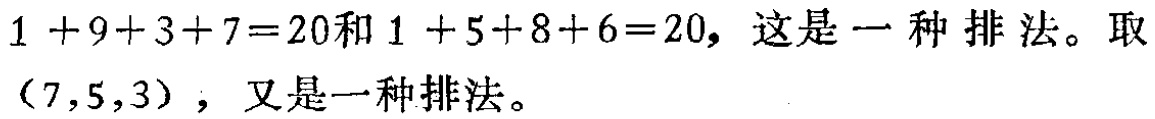
$1 + 9+3+7=20和1 + 5+8+6=20，这是一种排法。取（7,5,3），又是一种排法。$